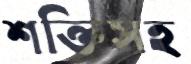
শক্তিসহ